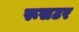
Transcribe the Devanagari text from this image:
रूसटर